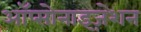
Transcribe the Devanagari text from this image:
ऑप्सोनाइज़ेशन